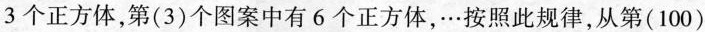
3个正方体，第(3)个图案中有6个正方体，…按照此规律，从第(100)